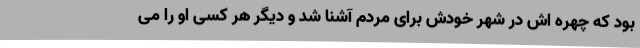
بود که چهره اش در شهر خودش برای مردم آشنا شد و دیگر هر کسی او را می